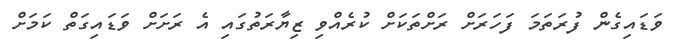
ވަޑައިގެން ފުރަތަމަ ފަހަރަށް ރަށްތަކަށް ކުރެއްވި ޒިޔާރަތުގައި އެ ރަށަށް ވަޑައިގަތް ކަމަށް